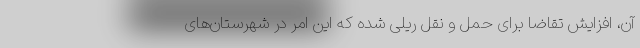
آن، افزایش تقاضا برای حمل و نقل ریلی شده که این امر در شهرستان‌های